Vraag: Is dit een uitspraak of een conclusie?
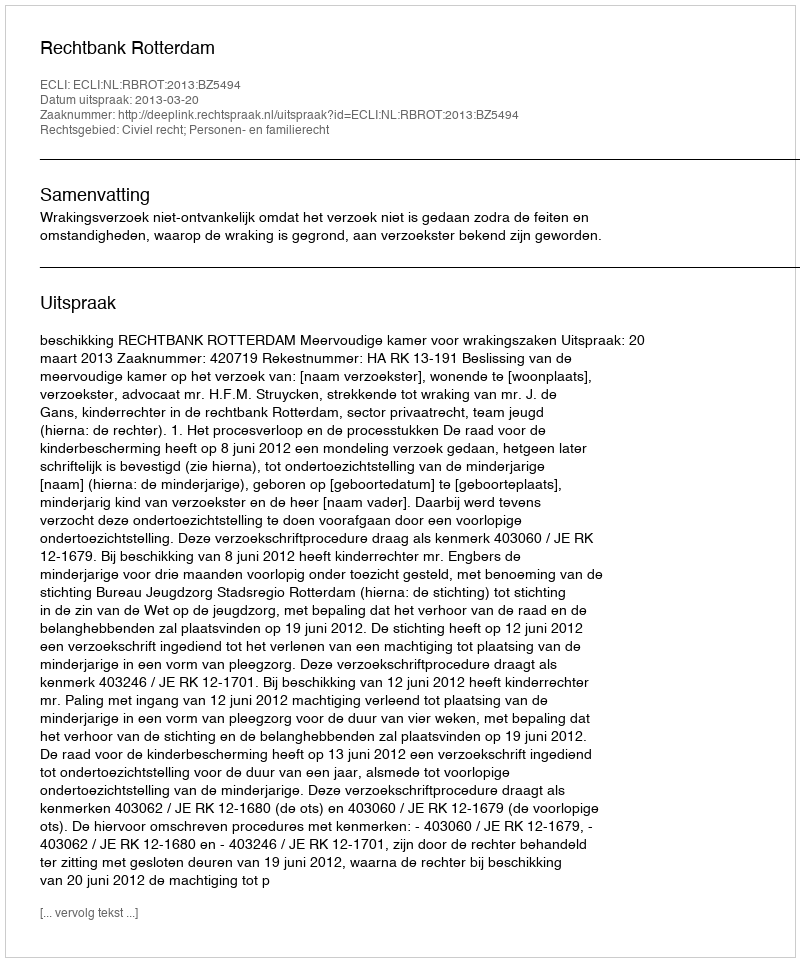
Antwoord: Uitspraak